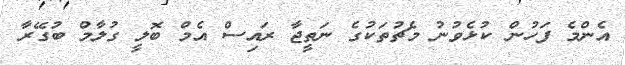
އެންމެ ފަހުން ކުޅެވުނު މެޗުތަކުގެ ނަތީޖާ ރައިސް އެމް ބޮލީ ގުލާމް ބުގޭރާ